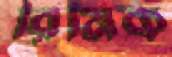
রিমিক